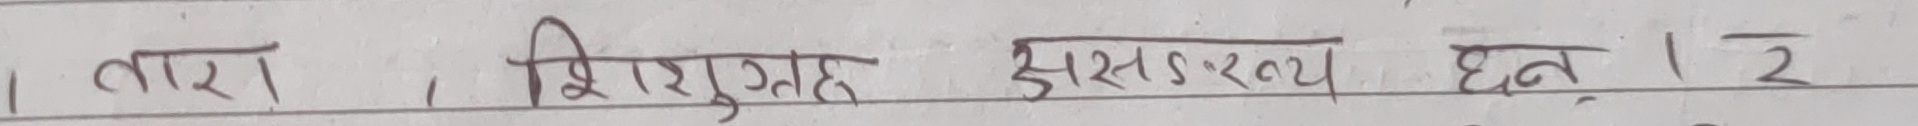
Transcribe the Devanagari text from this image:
१ तारा, शिरोगृह असंख्य छन् १ २